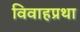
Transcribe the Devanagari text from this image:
विवाहप्रथा